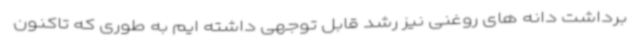
برداشت دانه های روغنی نیز رشد قابل توجهی داشته ایم به طوری که تاکنون